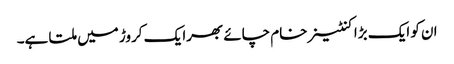
ان کو ایک بڑا کنٹینر خام چائے بھرا یک کروڑ میں ملتا ہے۔